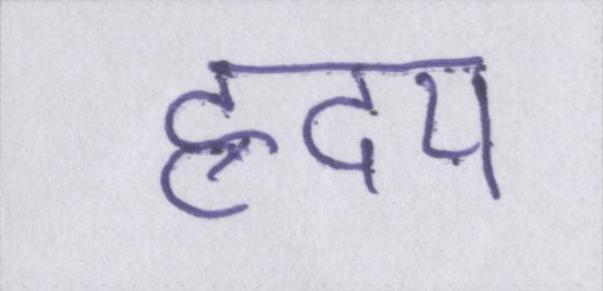
ह्रदय